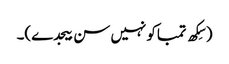
(سِکھ تمباکو نہیں سن بیجدے)۔